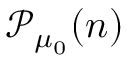
\mathcal { P } _ { \mu _ { 0 } } ( n )